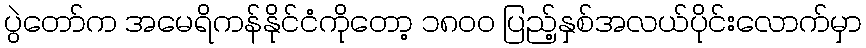
ပွဲတော်က အမေရိကန်နိုင်ငံကိုတော့ ၁၈၀၀ ပြည့်နှစ်အလယ်ပိုင်းလောက်မှာ